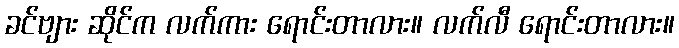
ခင်ဗျား ဆိုင်က လက်ကား ရောင်းတာလား။ လက်လီ ရောင်းတာလား။